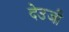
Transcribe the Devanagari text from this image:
देउजी